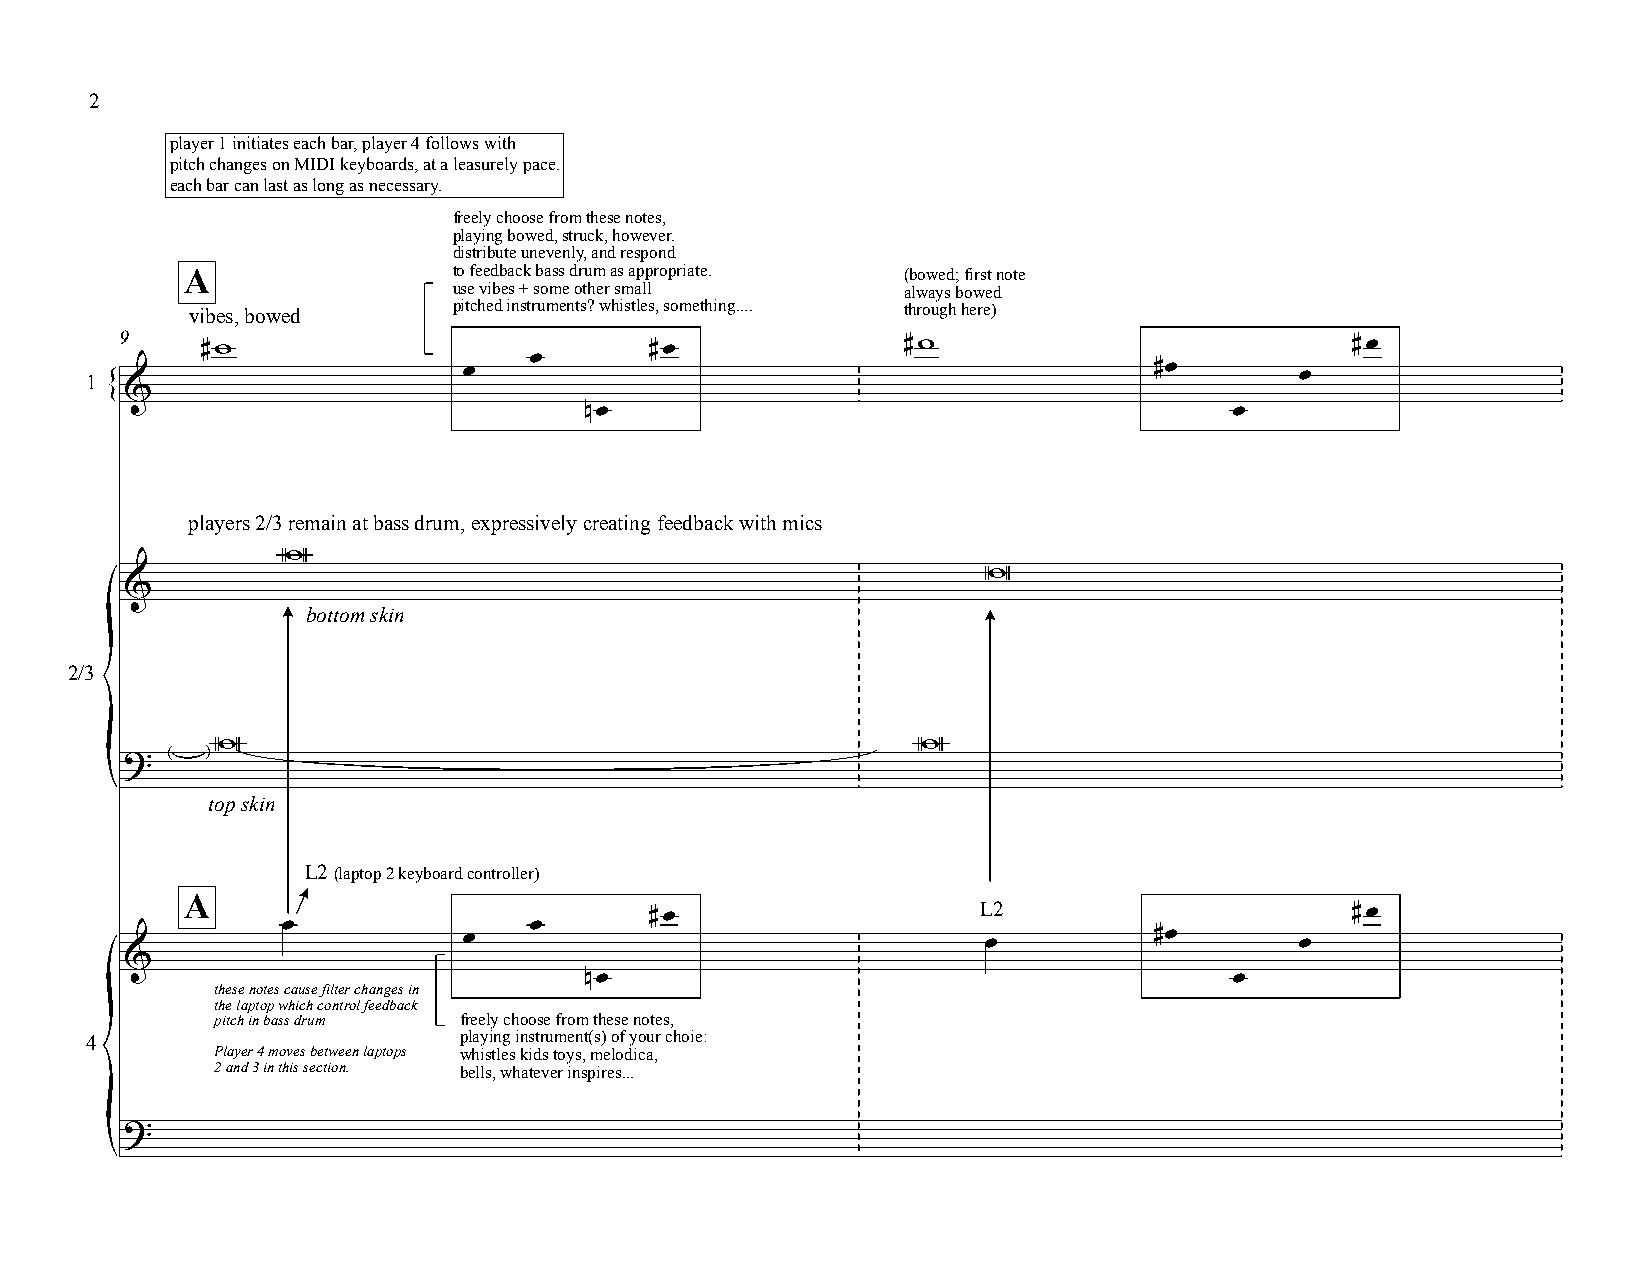
2
 player 1 initiates each bar, player 4 follows with
 pitch changes on MIDI keyboards, at a leasurely pace.
 each bar can last as long as necessary.
 freely choose from these notes,
 playing bowed, struck, however.
 distribute unevenly, and respond
 A                 to feedback bass drum as appropriate. (bowed; first note
 use vibes + some other small  always bowed
 vibes, bowed      pitched instruments? whistles, something.... through here)
 9
 #w                            #œ               #w                           #œ
 œ
 1                        œ                                            #œ        œ
 &
 {                               nœ                                         œ
 players 2/3 remain at bass drum, expressively creating feedback with mics
 W
 W
 &
 bottom skin
 2/3
 W                                              W
 ?  :  ;
 {
 top skin
 L2 (laptop 2 keyboard controller)
 A
 #œ                    L2                      #œ
 œ               œ
 œ                                 œ          #œ        œ
 &
 nœ                                         œ
 these notes cause filter changes in
 the laptop which control feedback
 pitch in bass drum freely choose from these notes,
 4                       playing instrument(s) of your choie:
 Player 4 moves between laptops whistles kids toys, melodica,
 2 and 3 in this section. bells, whatever inspires...
 ?
 {